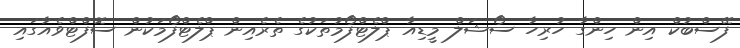
ފޭސްބުކް އިން ހިންގާ ހުރިހާ ސޯޝަލް މީޑިއާ ޕްލެޓްފޯމުތަކުގެ ތެރެއިން ޕްލެޓްފޯމަކުން ސޮފްޓްވެއާގައި